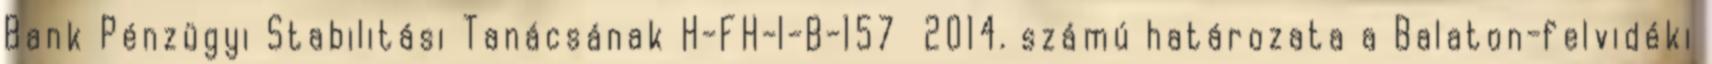
Bank Pénzügyi Stabilitási Tanácsának H-FH-I-B-157 2014. számú határozata a Balaton-felvidéki